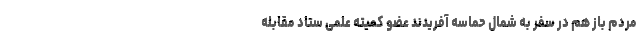
مردم باز هم در سفر به شمال حماسه آفریدند عضو کمیته علمی ستاد مقابله